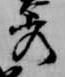
秀